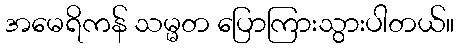
အမေရိကန် သမ္မတ ပြောကြားသွားပါတယ်။